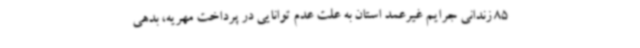
85 زندانی جرایم غیرعمد استان به علت عدم توانایی در پرداخت مهریه، بدهی